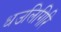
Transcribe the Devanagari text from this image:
धउलिगिरि